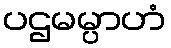
ပဌမမ္ပာဟံ